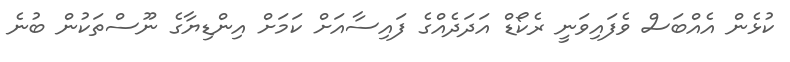
ކުޅެން އެއްބަސް ވެފައިވަނީ ރެކޯޑް އަދަދެއްގެ ފައިސާއަށް ކަމަށް އިންޑިޔާގެ ނޫސްތަކުން ބުނެ